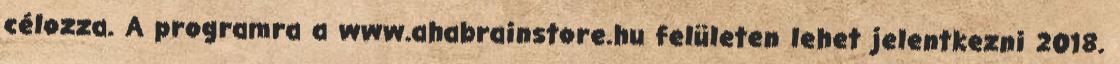
célozza. A programra a www.ahabrainstore.hu felületen lehet jelentkezni 2018.